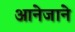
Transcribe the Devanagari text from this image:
आनेजाने